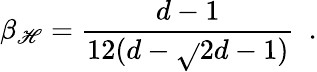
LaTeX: \beta_{\mathscr{H}}={\frac{{d-1}}{{12(d-\sqrt{}{{2d-1}})}}}~~.